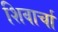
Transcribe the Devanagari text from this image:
शिवार्चा